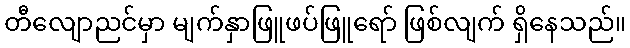
တီလျောညင်မှာ မျက်နှာဖြူဖပ်ဖြူရော် ဖြစ်လျက် ရှိနေသည်။